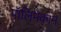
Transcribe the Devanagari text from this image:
पॉलिमेकान